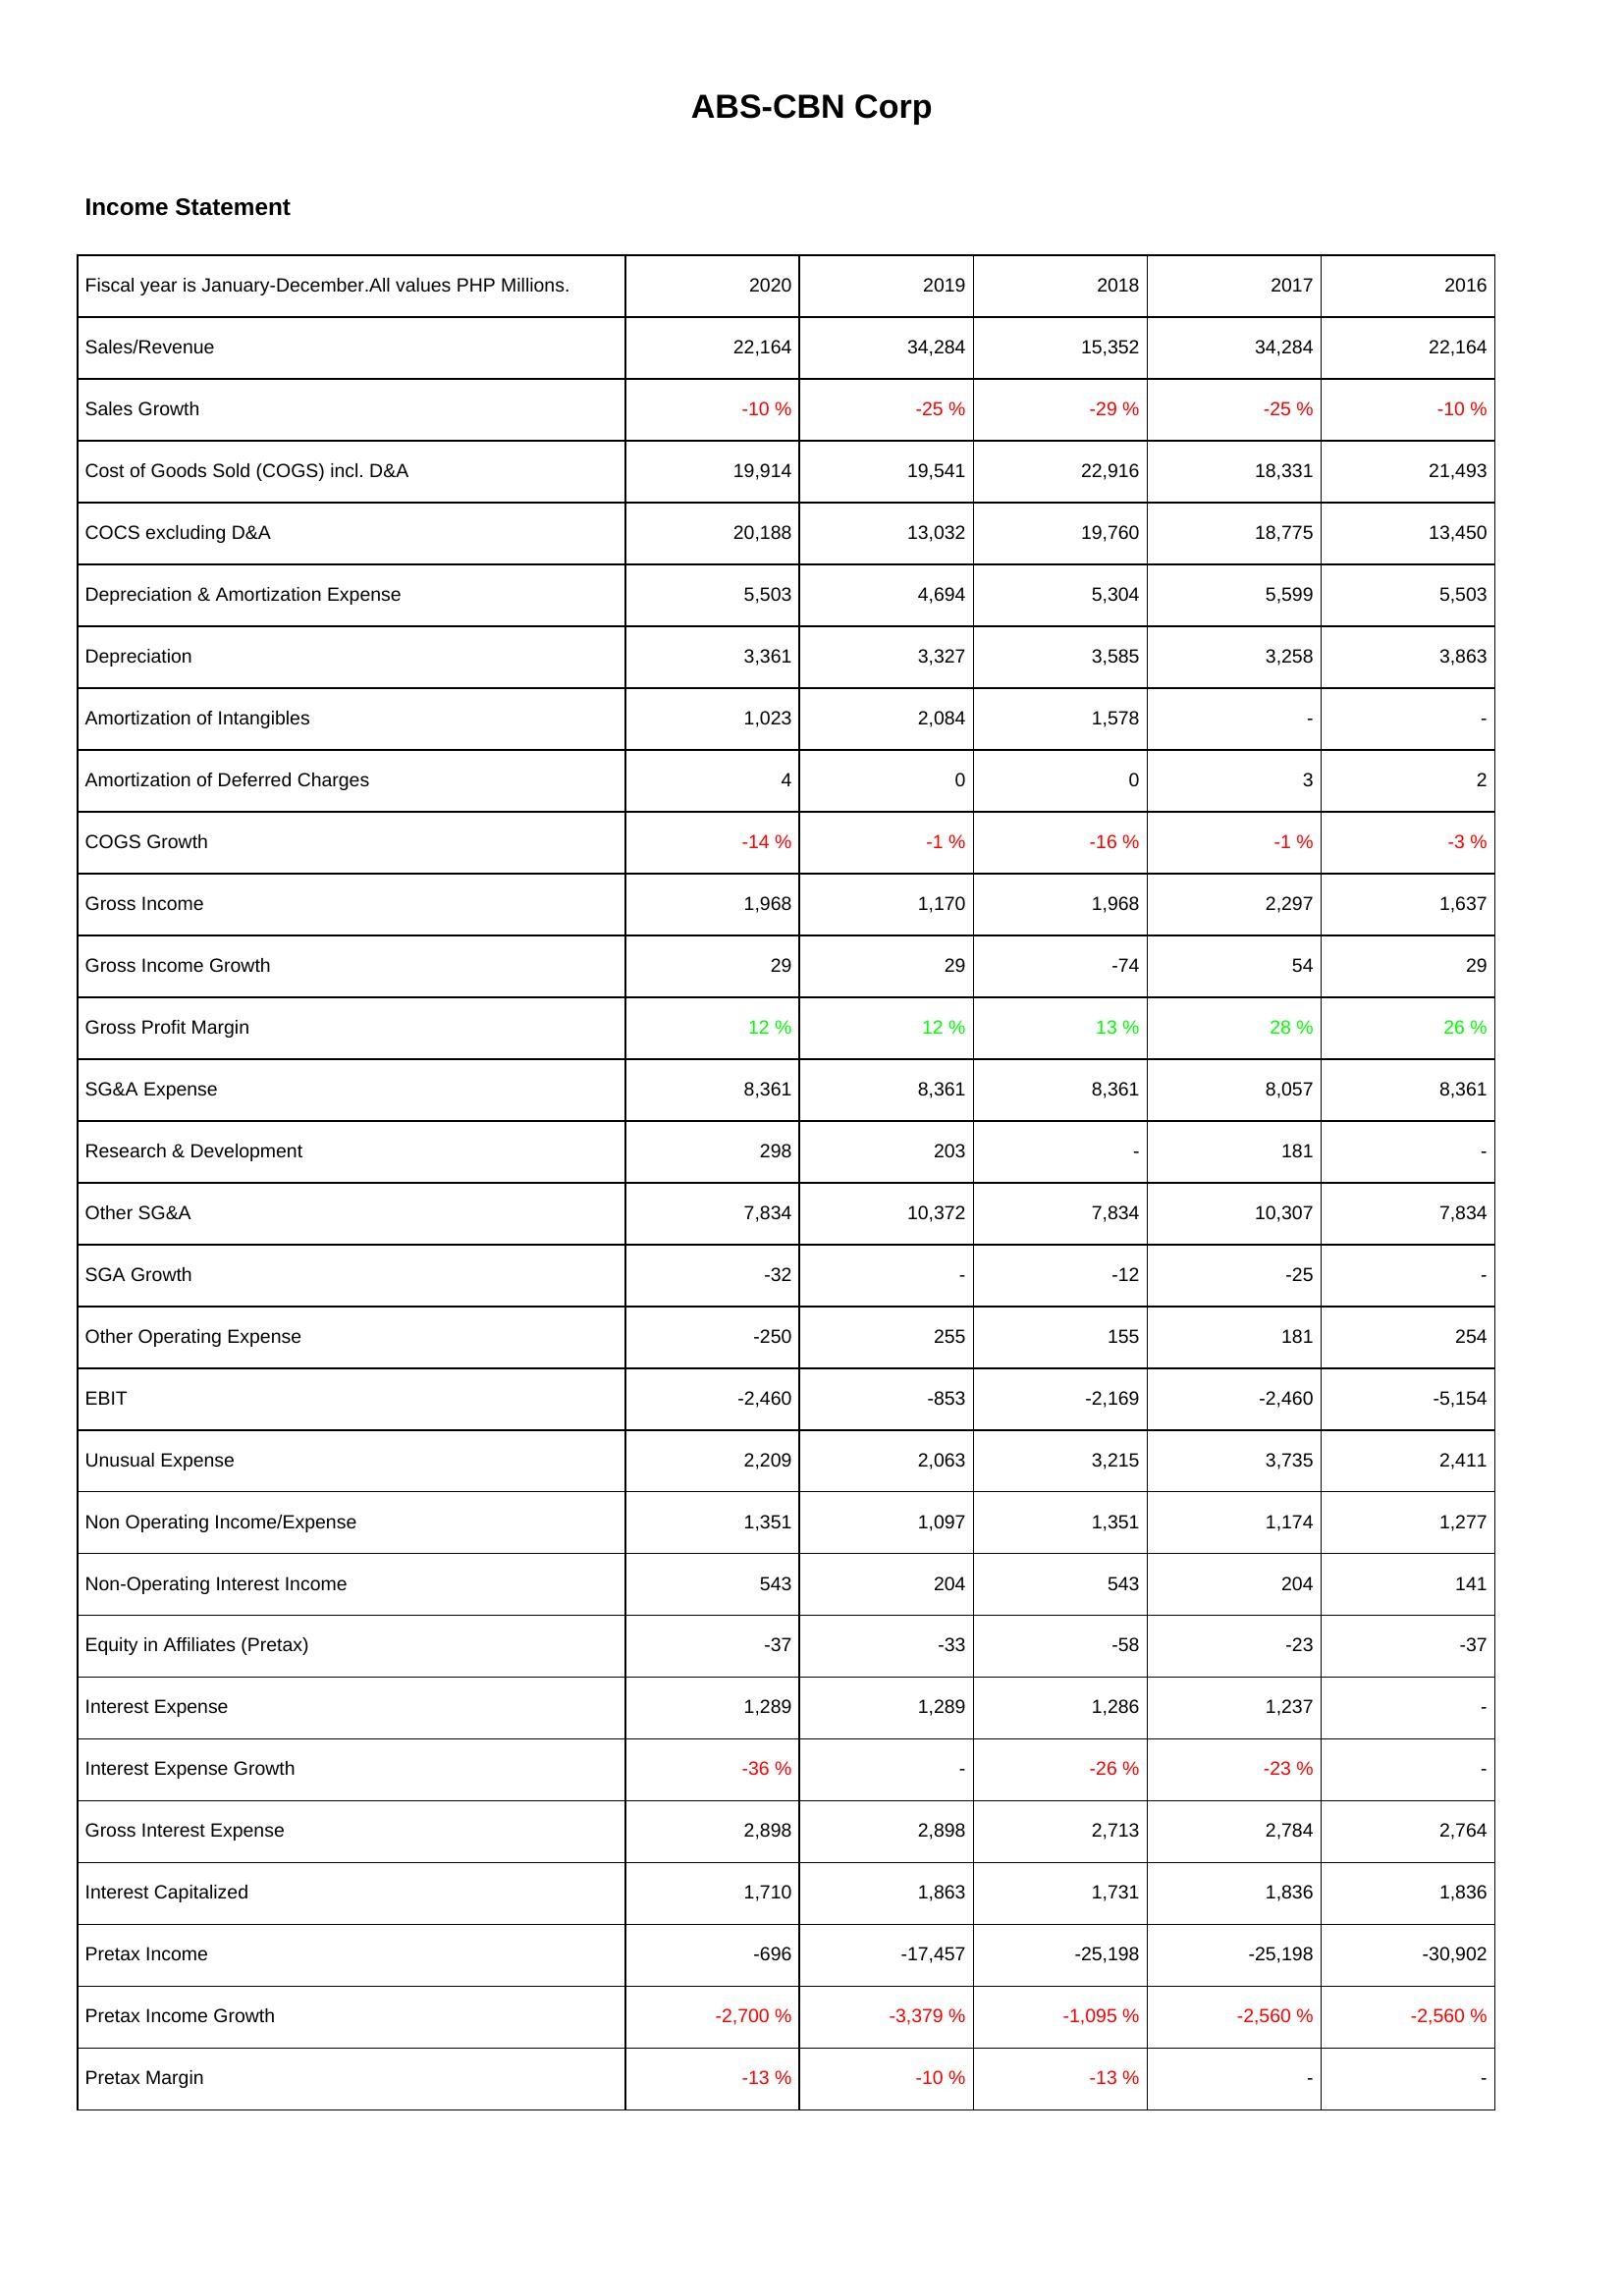
2020: Income Statement: Sales/Revenue: 22,164
Sales Growth: -10 %
Cost of Goods Sold (COGS) incl. D&A: 19,914
COCS excluding D&A: 20,188
Depreciation & Amortization Expense: 5,503
Depreciation: 3,361
Amortization of Intangibles: 1,023
Amortization of Deferred Charges: 4
COGS Growth: -14 %
Gross Income: 1,968
Gross Income Growth: 29
Gross Profit Margin: 12 %
SG&A Expense: 8,361
Research & Development: 298
Other SG&A: 7,834
SGA Growth: -32
Other Operating Expense: -250
EBIT: -2,460
Unusual Expense: 2,209
Non Operating Income/Expense: 1,351
Non-Operating Interest Income: 543
Equity in Affiliates (Pretax): -37
Interest Expense: 1,289
Interest Expense Growth: -36 %
Gross Interest Expense: 2,898
Interest Capitalized: 1,710
Pretax Income: -696
Pretax Income Growth: -2,700 %
Pretax Margin: -13 %
2019: Income Statement: Sales/Revenue: 34,284
Sales Growth: -25 %
Cost of Goods Sold (COGS) incl. D&A: 19,541
COCS excluding D&A: 13,032
Depreciation & Amortization Expense: 4,694
Depreciation: 3,327
Amortization of Intangibles: 2,084
Amortization of Deferred Charges: 0
COGS Growth: -1 %
Gross Income: 1,170
Gross Income Growth: 29
Gross Profit Margin: 12 %
SG&A Expense: 8,361
Research & Development: 203
Other SG&A: 10,372
SGA Growth: -
Other Operating Expense: 255
EBIT: -853
Unusual Expense: 2,063
Non Operating Income/Expense: 1,097
Non-Operating Interest Income: 204
Equity in Affiliates (Pretax): -33
Interest Expense: 1,289
Interest Expense Growth: -
Gross Interest Expense: 2,898
Interest Capitalized: 1,863
Pretax Income: -17,457
Pretax Income Growth: -3,379 %
Pretax Margin: -10 %
2018: Income Statement: Sales/Revenue: 15,352
Sales Growth: -29 %
Cost of Goods Sold (COGS) incl. D&A: 22,916
COCS excluding D&A: 19,760
Depreciation & Amortization Expense: 5,304
Depreciation: 3,585
Amortization of Intangibles: 1,578
Amortization of Deferred Charges: 0
COGS Growth: -16 %
Gross Income: 1,968
Gross Income Growth: -74
Gross Profit Margin: 13 %
SG&A Expense: 8,361
Research & Development: -
Other SG&A: 7,834
SGA Growth: -12
Other Operating Expense: 155
EBIT: -2,169
Unusual Expense: 3,215
Non Operating Income/Expense: 1,351
Non-Operating Interest Income: 543
Equity in Affiliates (Pretax): -58
Interest Expense: 1,286
Interest Expense Growth: -26 %
Gross Interest Expense: 2,713
Interest Capitalized: 1,731
Pretax Income: -25,198
Pretax Income Growth: -1,095 %
Pretax Margin: -13 %
2017: Income Statement: Sales/Revenue: 34,284
Sales Growth: -25 %
Cost of Goods Sold (COGS) incl. D&A: 18,331
COCS excluding D&A: 18,775
Depreciation & Amortization Expense: 5,599
Depreciation: 3,258
Amortization of Intangibles: -
Amortization of Deferred Charges: 3
COGS Growth: -1 %
Gross Income: 2,297
Gross Income Growth: 54
Gross Profit Margin: 28 %
SG&A Expense: 8,057
Research & Development: 181
Other SG&A: 10,307
SGA Growth: -25
Other Operating Expense: 181
EBIT: -2,460
Unusual Expense: 3,735
Non Operating Income/Expense: 1,174
Non-Operating Interest Income: 204
Equity in Affiliates (Pretax): -23
Interest Expense: 1,237
Interest Expense Growth: -23 %
Gross Interest Expense: 2,784
Interest Capitalized: 1,836
Pretax Income: -25,198
Pretax Income Growth: -2,560 %
Pretax Margin: -
2016: Income Statement: Sales/Revenue: 22,164
Sales Growth: -10 %
Cost of Goods Sold (COGS) incl. D&A: 21,493
COCS excluding D&A: 13,450
Depreciation & Amortization Expense: 5,503
Depreciation: 3,863
Amortization of Intangibles: -
Amortization of Deferred Charges: 2
COGS Growth: -3 %
Gross Income: 1,637
Gross Income Growth: 29
Gross Profit Margin: 26 %
SG&A Expense: 8,361
Research & Development: -
Other SG&A: 7,834
SGA Growth: -
Other Operating Expense: 254
EBIT: -5,154
Unusual Expense: 2,411
Non Operating Income/Expense: 1,277
Non-Operating Interest Income: 141
Equity in Affiliates (Pretax): -37
Interest Expense: -
Interest Expense Growth: -
Gross Interest Expense: 2,764
Interest Capitalized: 1,836
Pretax Income: -30,902
Pretax Income Growth: -2,560 %
Pretax Margin: -